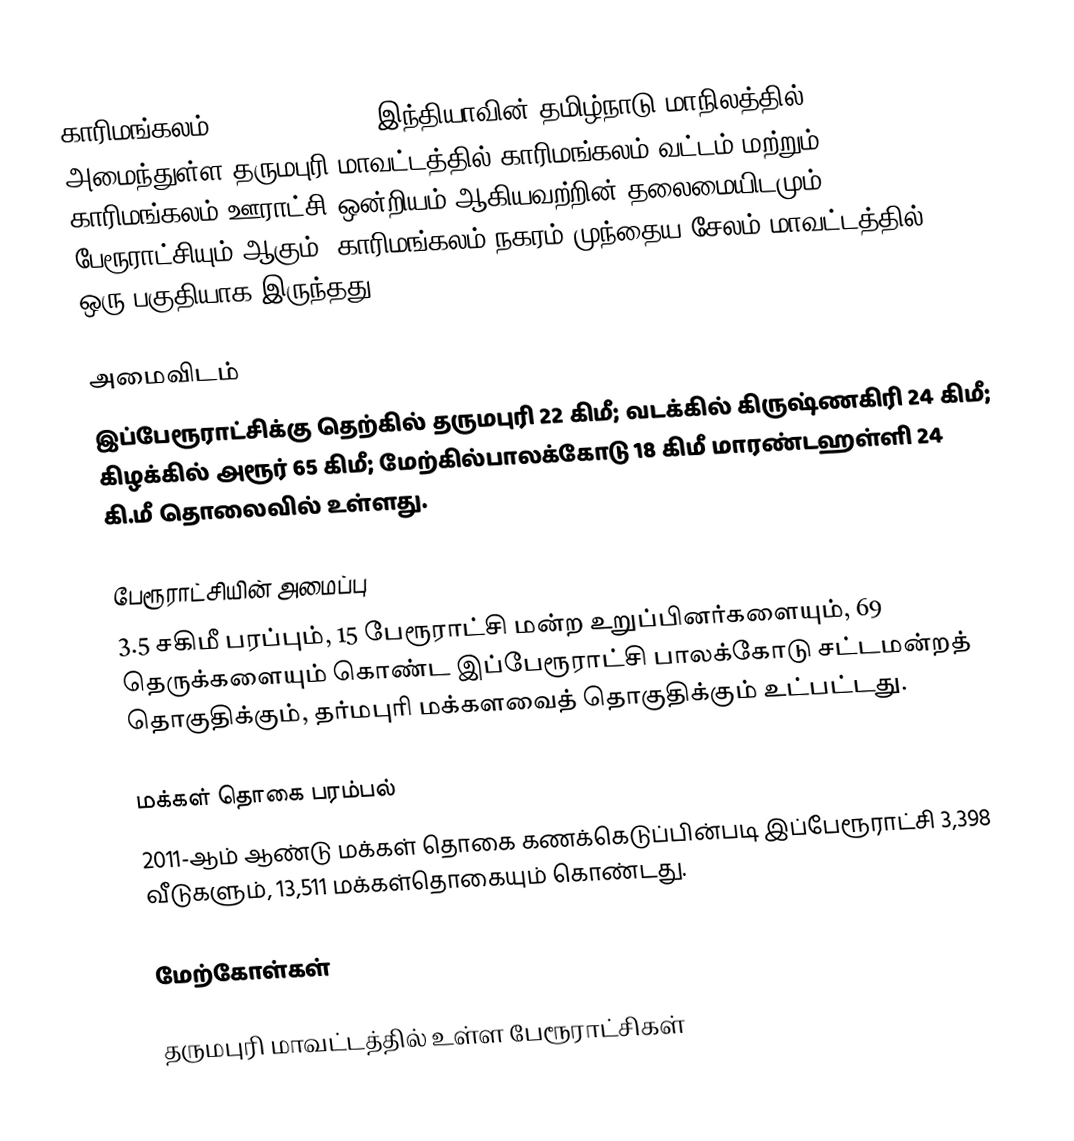
காரிமங்கலம் (Karimangalam), இந்தியாவின் தமிழ்நாடு மாநிலத்தில் அமைந்துள்ள தருமபுரி மாவட்டத்தில்  காரிமங்கலம் வட்டம் மற்றும் காரிமங்கலம் ஊராட்சி ஒன்றியம் ஆகியவற்றின் தலைமையிடமும், பேரூராட்சியும் ஆகும். காரிமங்கலம் நகரம் முந்தைய சேலம் மாவட்டத்தில் ஒரு பகுதியாக இருந்தது.

அமைவிடம்
இப்பேரூராட்சிக்கு தெற்கில்   தருமபுரி  22  கிமீ; வடக்கில் கிருஷ்ணகிரி 24 கிமீ; கிழக்கில் அரூர் 65 கிமீ; மேற்கில்பாலக்கோடு 18 கிமீ மாரண்டஹள்ளி 24 கி.மீ தொலைவில் உள்ளது.

பேரூராட்சியின் அமைப்பு
3.5 சகிமீ பரப்பும், 15  பேரூராட்சி மன்ற  உறுப்பினர்களையும்,  69 தெருக்களையும்   கொண்ட இப்பேரூராட்சி  பாலக்கோடு சட்டமன்றத் தொகுதிக்கும், தர்மபுரி மக்களவைத் தொகுதிக்கும் உட்பட்டது.

மக்கள் தொகை பரம்பல்
2011-ஆம் ஆண்டு மக்கள் தொகை கணக்கெடுப்பின்படி  இப்பேரூராட்சி 3,398 வீடுகளும், 13,511 மக்கள்தொகையும் கொண்டது.

மேற்கோள்கள்

தருமபுரி மாவட்டத்தில் உள்ள பேரூராட்சிகள்